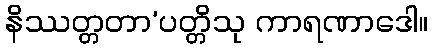
နိဿတ္တတာ’ပတ္တိသု ကာရဏာဒေါ။